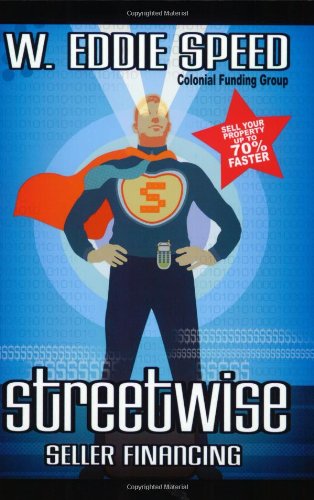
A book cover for Streetwise Seller Financing: Sell Your Property up to 70% Faster; W. Eddie Speed; Business & Money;